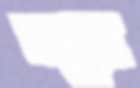
দম্ভের